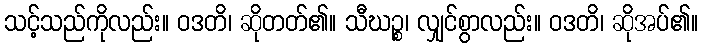
သင့်သည်ကိုလည်း။ ဝဒတိ၊ ဆိုတတ်၏။ သီဃဉ္စ၊ လျှင်စွာလည်း။ ဝဒတိ၊ ဆိုအပ်၏။